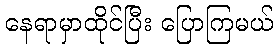
နေရာမှာထိုင်ပြီး ပြောကြမယ်